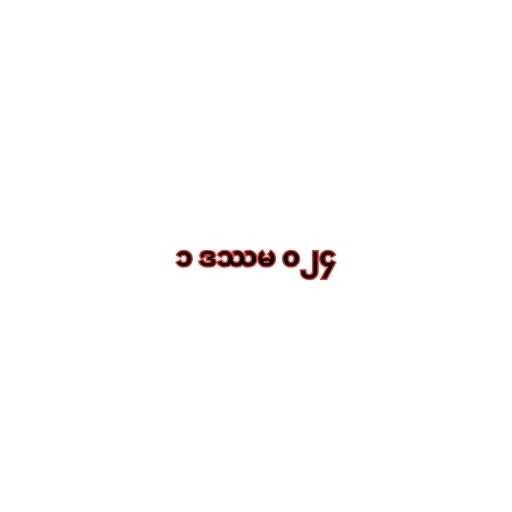
၁ ဒဿမ ၀၂၄